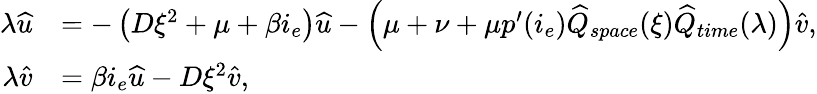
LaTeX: \begin{array}{rl}{\lambda\widehat{u}}&{=-\left(D\xi^{2}+\mu+\beta i_{e}\right)\widehat{u}-\left(\mu+\nu+\mu p^{\prime}(i_{e})\widehat{Q}_{space}(\xi)\widehat{Q}_{time}(\lambda)\right)\widehat{v},}\\ {\lambda\widehat{v}}&{=\beta i_{e}\widehat{u}-D\xi^{2}\widehat{v},}\end{array}